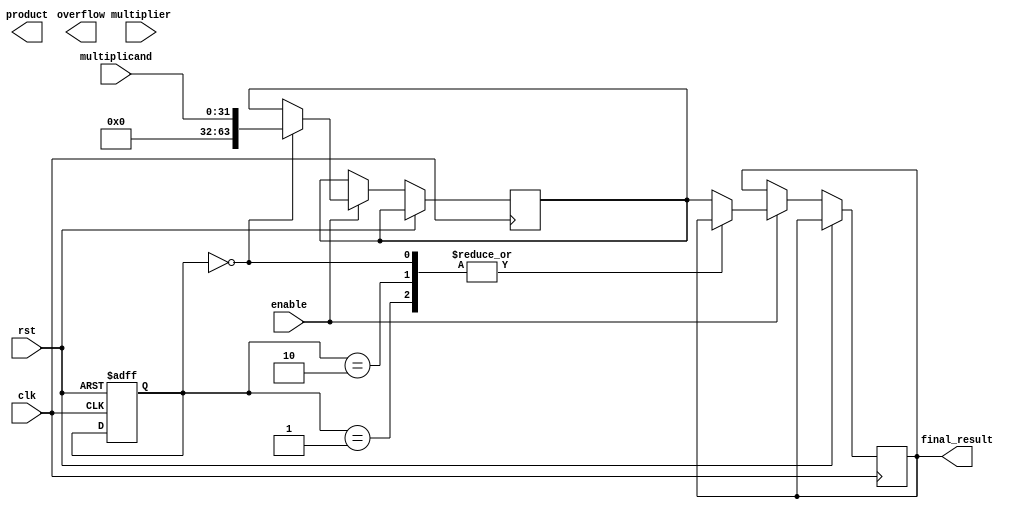
module BoothMultiplier(
  input wire clk,
  input wire rst,
  input wire enable,
  input wire [31:0] multiplicand,
  input wire [31:0] multiplier,
  output reg [63:0] product,
  output reg [63:0] final_result,
  output reg overflow
);

reg [63:0] partial_product;
reg [32:0] current_stage;
reg [32:0] next_stage;
reg [1:0] Booth_encoding;

always @(posedge clk or posedge rst) begin
  if (rst) begin
    current_stage <= 0;
    next_stage <= 0;
  end else if (enable) begin
    case(current_stage)
      0: begin
        partial_product <= {32'b0, multiplicand};
        next_stage <= 1;
        Booth_encoding[0] <= 0;
      end
      1: begin
        Booth_encoding[0] <= (multiplier[0] == Booth_encoding[1]) ? 0 : 1;
        Booth_encoding[1] <= multiplier[0];
        next_stage <= 2;
      end
      2: begin
        // Implement Booth encoding logic here
        next_stage <= 3;
      end
      // Continue for next stages

      default: begin
        // Final stage for result calculation
        final_result <= partial_product;
      end
    endcase
  end

end

endmodule